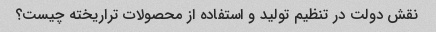
نقش دولت در تنظیم تولید و استفاده از محصولات تراریخته چیست؟